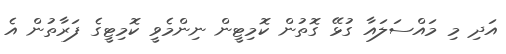
އަދި މި މައްސަލައާ ގުޅޭ ގޮތުން ކޮމިޓީން ނިންމެވީ ކޮމިޓީގެ ފަރާތުން އެ